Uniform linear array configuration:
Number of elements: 32
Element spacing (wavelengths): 0.25
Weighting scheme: kaiser
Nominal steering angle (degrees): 60
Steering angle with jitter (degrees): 61.421
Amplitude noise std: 0.05
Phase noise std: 0.05

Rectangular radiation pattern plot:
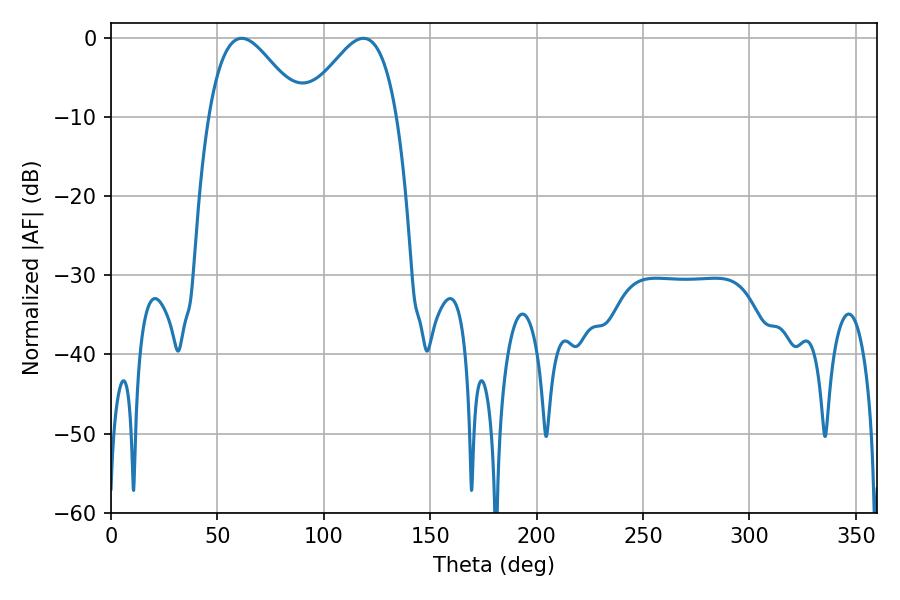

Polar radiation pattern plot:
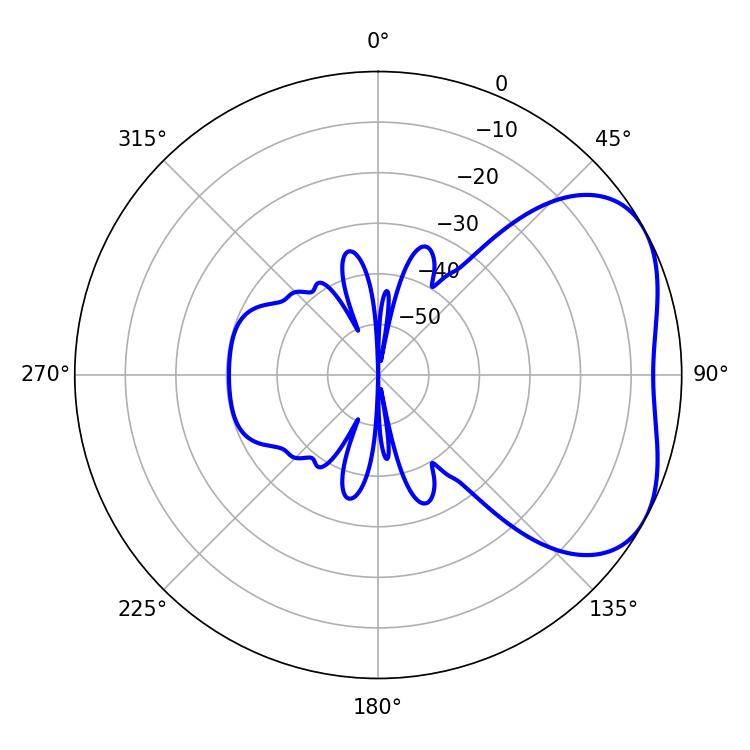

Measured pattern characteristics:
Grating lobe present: FALSE
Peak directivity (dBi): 3.959
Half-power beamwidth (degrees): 23.4
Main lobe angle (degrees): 61.38